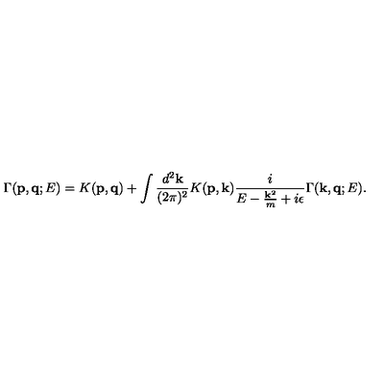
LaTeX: \Gamma ( { \bf p } , { \bf q } ; E ) = K ( { \bf p } , { \bf q } ) + \int \frac { d ^ { 2 } { \bf k } } { ( 2 \pi ) ^ { 2 } } K ( { \bf p } , { \bf k } ) \frac { i } { E - \frac { { \bf k } ^ { 2 } } { m } + i \epsilon } \Gamma ( { \bf k } , { \bf q } ; E ) .